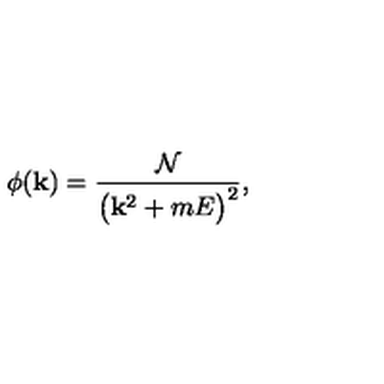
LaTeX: \phi ( { \bf k } ) = { \frac { \cal N } { \bigl ( { \bf k } ^ { 2 } + m E \bigr ) ^ { 2 } } } ,